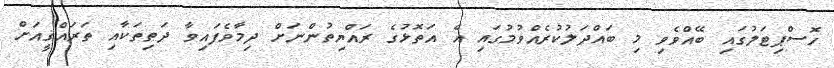
ހޮސްޕިޓަލުގައި ބޭއްވެވި މި ބައްދަލުކުރެއްވުމުގައި އެ އަތޮޅުގެ ރައްޔިތުންނަށް ދިމާވެފައިވާ ދަތިތަކާއި ތަރައްޤީއަށް